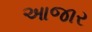
આજાર